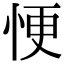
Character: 𢙾